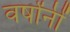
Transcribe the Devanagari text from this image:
वर्षांनीं